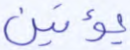
يؤتين